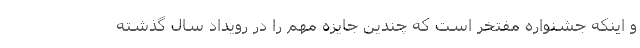
و اینکه جشنواره مفتخر است که چندین جایزه مهم را در رویداد سال گذشته